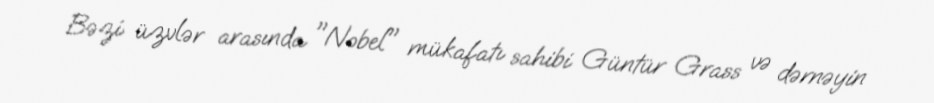
Bəzi üzvlər arasında "Nobel" mükafatı sahibi Güntür Grass və dərnəyin